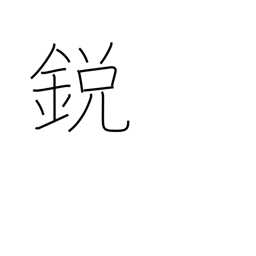
Meaning: pointed